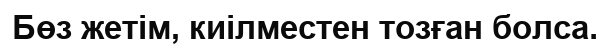
Бөз жетім, киілместен тозған болса.